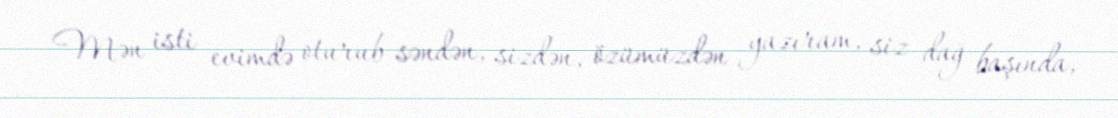
Mən isti evimdə oturub səndən, sizdən, özümüzdən yazıram, siz dağ başında,